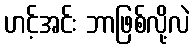
ဟင့်အင်း ဘာဖြစ်လို့လဲ